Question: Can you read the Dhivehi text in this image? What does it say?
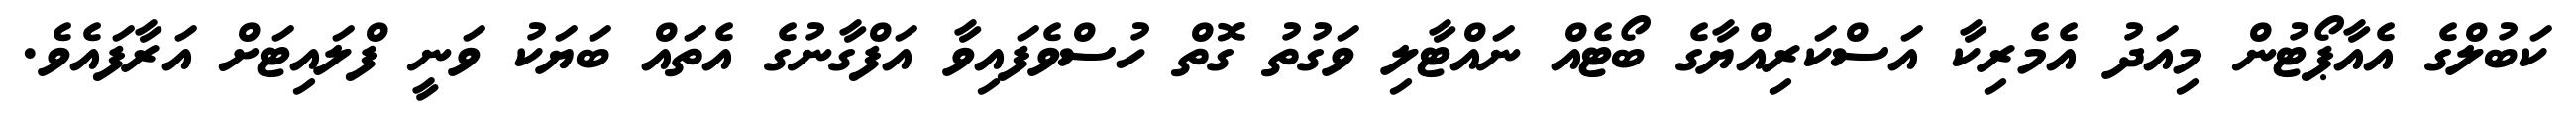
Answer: ކަބުލްގެ އެއާޕޯޓުން މިއަދު އެމެރިކާ އަސްކަރިއްޔާގެ ބޯޓެއް ނައްޓާލި ވަގުތު ގޮތް ހުސްވެފައިވާ އަފްގާނުގެ އެތައް ބަޔަކު ވަނީ ފްލައިޓަށް އަރާފައެވެ.